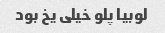
لوبیا پلو خیلی یخ بود